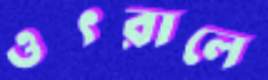
ওৎরালে